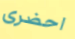
احضرى